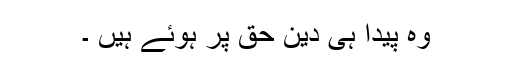
وہ پیدا ہی دین حق پر ہوئے ہیں ۔